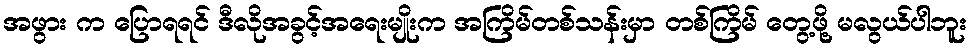
အဖွား က ပြောရရင် ဒီလိုအခွင့်အရေးမျိုးက အကြိမ်တစ်သန်းမှာ တစ်ကြိမ် တွေ့ဖို့ မလွယ်ပါဘူး